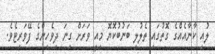
ލުއި ކާނާއެއްގެ ގޮތުގައި ތެލުލި ބަނުބުކޮޔޮ މިއީ ވަރަށް ގިނަ ދިވެހިންގެ ފޭވަރިޓެވެ.